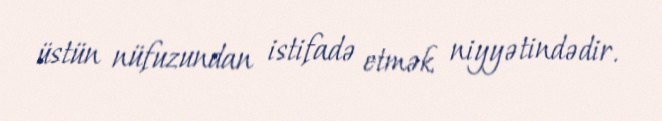
üstün nüfuzundan istifadə etmək niyyətindədir.